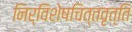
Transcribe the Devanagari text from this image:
निर्विशेषचित्तवृत्ति